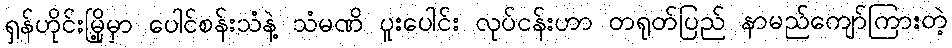
ရှန်ဟိုင်းမြို့မှာ ပေါင်စန်းသံနဲ့ သံမဏိ ပူးပေါင်း လုပ်ငန်းဟာ တရုတ်ပြည် နာမည်ကျော်ကြားတဲ့